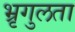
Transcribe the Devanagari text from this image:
भ्रृगुलता